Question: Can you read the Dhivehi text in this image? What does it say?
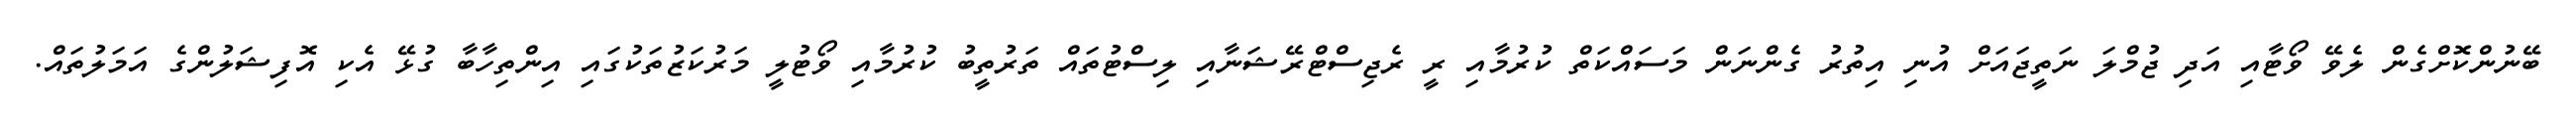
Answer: ބޭނުންކޮށްގެން ލެވޭ ވޯޓާއި އަދި ޖުމްލަ ނަތީޖައަށް އުނި އިތުރު ގެންނަން މަސައްކަތް ކުރުމާއި ރީ ރެޖިސްޓްރޭޝަނާއި ލިސްޓުތައް ތަރުތީބު ކުރުމާއި ވޯޓުލީ މަރުކަޒުތަކުގައި އިންތިހާބާ ގުޅޭ އެކި އޮފިޝަލުންގެ އަމަލުތައް.